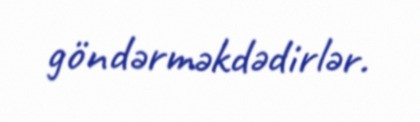
göndərməkdədirlər.